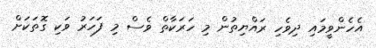
އެހެންވީމައި ދިވެހި ރައްޔިތުން މި ހަރަކާތް ވެސް މި ފަހަރު ވަކި ގޮތަކަށް